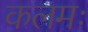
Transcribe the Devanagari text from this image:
कलमः